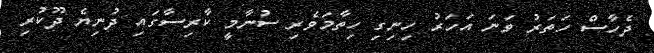
ދެހާސް ހަތަރު ވަނަ އަހަރު ހިނިގި ހިތާމަވެރި ސުނާމީ ކާރިސާގައި ދުނިޔެ ދޫކުރި